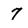
Character: 7